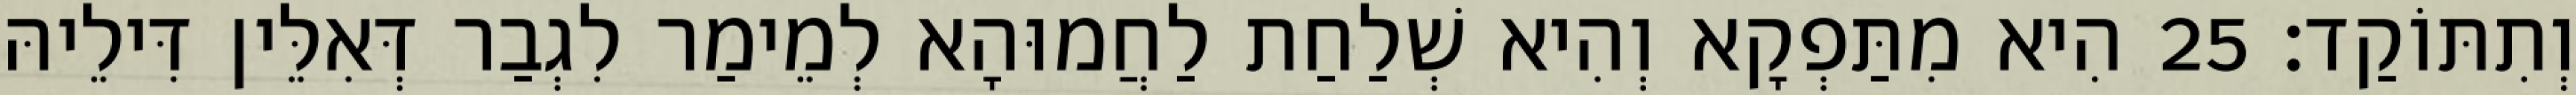
וְתִתּוֹקַד׃ 25 הִיא מִתַּפְקָא וְהִיא שְׁלַחַת לַחֲמוּהָא לְמֵימַר לִגְבַר דְּאִלֵּין דִּילֵיהּ